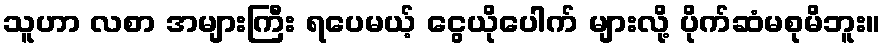
သူဟာ လစာ အများကြီး ရပေမယ့် ငွေယိုပေါက် များလို့ ပိုက်ဆံမစုမိဘူး။